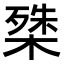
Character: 𭫔